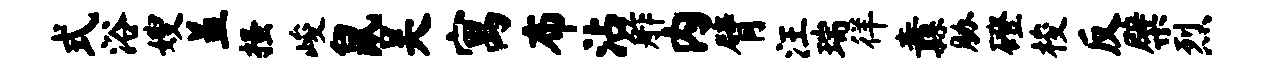
式浴嫂盖搔峻鼠吴寓布沾舴内臂汪瑞徉纛胁磴梭反檗烈